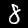
Label: 8